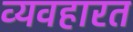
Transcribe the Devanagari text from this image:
व्‍यवहारत